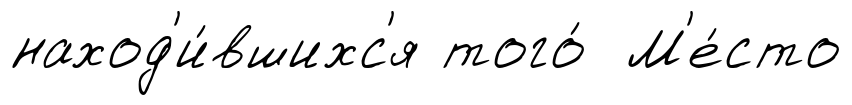
наход'и́вшихс'я того́ М'е́сто